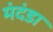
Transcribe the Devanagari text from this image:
मंदंडा